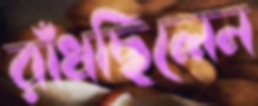
রাঁধছিলেন